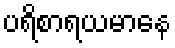
ပရိစာရယမာနေ